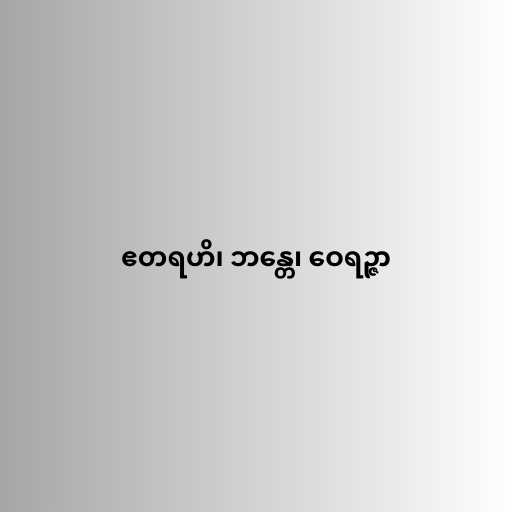
ဧတရဟိ၊ ဘန္တေ၊ ဝေရဉ္ဇာ